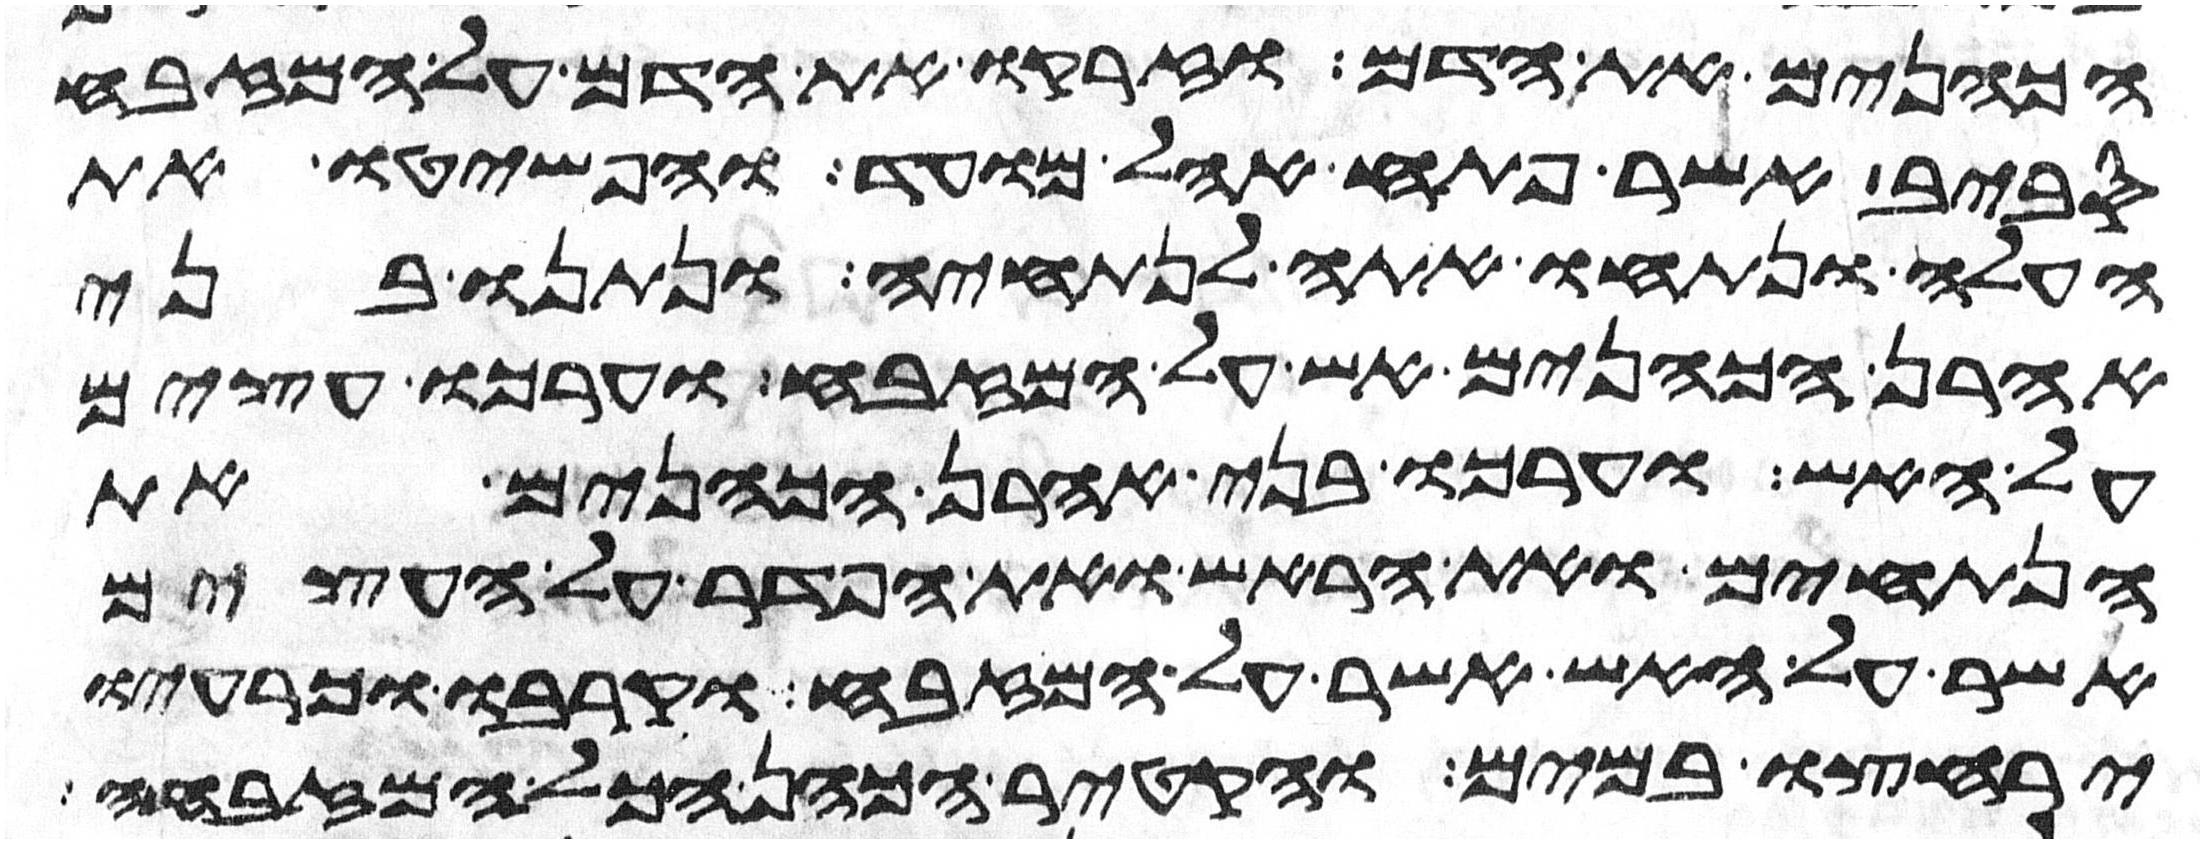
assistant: הכהנים את הדם וזרקו את הדם על המזבח
סביב אשר פתח אהל מועד והפשיטו את
העלה ונתחו אתה לנתחיה ונתנו בני
אהרן הכהנים אש על המזבח וערכו עצים
על האש וערכו בני אהרן הכהנים את
הנתחים ואת הראש ואת הפדר על העצים
אשר על האש אשר על המזבח וקרבו וכרעיו
ירחצו במים והקטיר הכהן הכל המזבחה